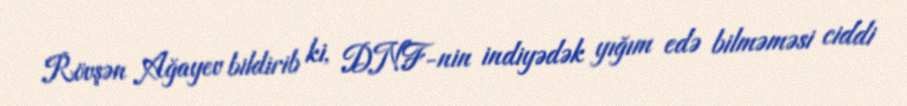
Rövşən Ağayev bildirib ki, DNF-nin indiyədək yığım edə bilməməsi ciddi